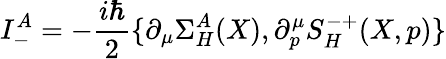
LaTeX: I_{-}^{A}=-\frac{i\hbar}2\{ \partial_{\mu}\Sigma_{H}^{A}(X),\partial_{p}^{\mu}S_{H}^{-+}(X,p)\}